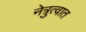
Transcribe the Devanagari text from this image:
नेत्रुत्वात